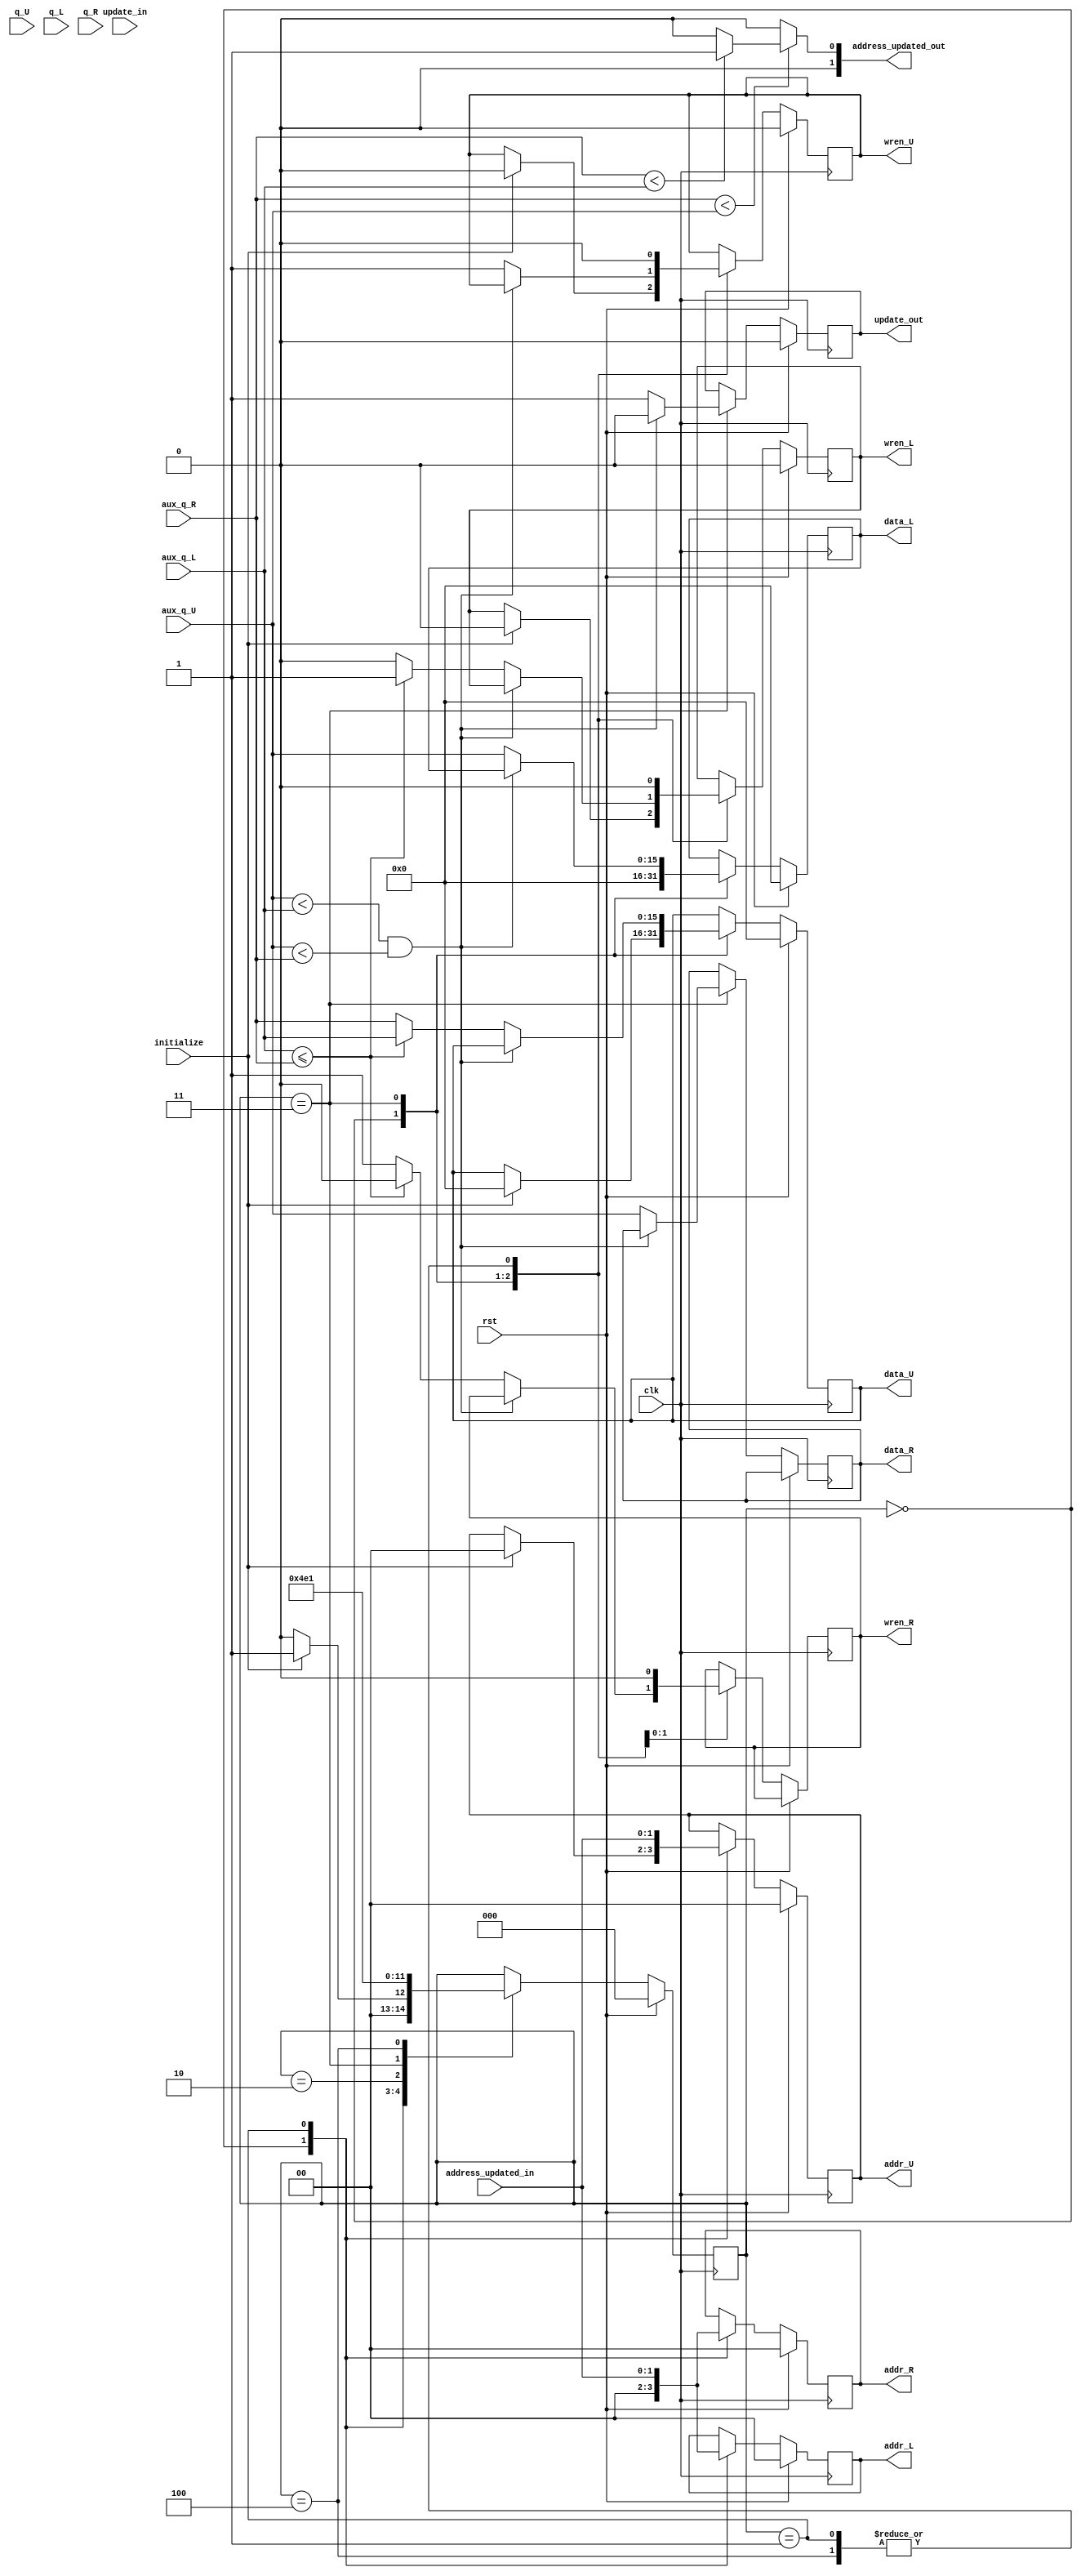
module sorting_node_level_1	 #(parameter LEVEL = 2,
										parameter WIDTH = 15,
										parameter LENGTH = 4)
(
	input clk,
	input rst,
	
	//conexo para upper records
	input [WIDTH:0] q_U,
	input [WIDTH:0] aux_q_U,
	output [WIDTH:0]data_U,
	output [LEVEL-1:0]addr_U,
	output wren_U,
	
	//conexo para left records
	input [WIDTH:0] q_L,
	input [WIDTH:0] aux_q_L,
	output [WIDTH:0] data_L,
	output [LEVEL-1:0]addr_L,
	output wren_L,
	
	//conexo para right records
	input [WIDTH:0] q_R,
	input [WIDTH:0] aux_q_R,
	output [WIDTH:0] data_R,
	output [LEVEL-1:0]addr_R,
	output wren_R,
	
	
	//hand shaking
	input initialize,
	output update_out,
	input update_in,
	
	output [LEVEL-1:0]address_updated_out,
	input [LEVEL-1:0]address_updated_in
);

	
	localparam [2:0] Initial_State = 3'd0,					//declarao dos estados();
					  Step1 = 3'd1,
					  wait_step1 = 3'd2,
					  Step2 = 3'd3,
					  wait_step2 = 3'd4;
	reg		[2:0] SM_sorting = 3'b00; 			// Declarao do registrador de estados
	
	//Declarao dos registradores 
	
	reg [LEVEL-1:0]addr_L_reg;							//alterado para duas memrias
	reg [LEVEL-1:0]addr_R_reg;	
	reg [WIDTH:0] data_L_reg;
	reg [WIDTH:0] data_R_reg;
	
	reg [LEVEL-1:0]addr_U_reg;
	reg [WIDTH:0] data_U_reg;
	
	reg wren_L_reg = 0;
	reg wren_R_reg = 0;
	reg wren_U_reg = 0;
	
	reg update_out_reg = 0;
	reg [LEVEL:0] address_updated_out_reg = 0;
	reg [LEVEL-1:0]address_updated_in_reg = 0;

	
	
	/******* Processo principal - Maquina de estados *******/
	always @(posedge clk)
		if (rst)	// reseta todos os registradores
		begin
			SM_sorting <= Initial_State;
			data_U_reg <= 0;
			addr_U_reg <= 0;
			wren_U_reg <= 0;
			data_L_reg <= 0;
			addr_L_reg <= 0;
			addr_R_reg <= 0;
			wren_L_reg <= 0;
			update_out_reg <=0;
		end else
		begin
			case (SM_sorting)
			
				// Espera a inicializao do heapsort e (limpa as memorias caso n seja inicializado)arrumar
				Initial_State:
				begin
					if (initialize)
					begin
						SM_sorting <= Step1;
						data_U_reg <= 0;
						addr_U_reg <= 0;
						wren_U_reg <= 0;
						data_L_reg <= 0;
						addr_L_reg <= 0;
						addr_R_reg <= 0;
						wren_L_reg <= 0;
						address_updated_out_reg <= 0;
					end
					else
					begin
						SM_sorting <= Initial_State;
						data_L_reg <= 0;
						addr_L_reg <= 0;
						addr_R_reg <= 0;
					end
				end
				
				// esse passo pode ser otimizado
				// se n tiver update, fica nesse nivel ate ter update_in :)
				Step1:
				begin
					SM_sorting <= wait_step1 ;
					addr_U_reg <= address_updated_in;
					wren_U_reg <= 0;
					addr_L_reg <= address_updated_in;
					addr_R_reg <= address_updated_in;
					wren_L_reg <= 0;
					wren_R_reg <= 0;
					SM_sorting <= wait_step1;
				end
				
				wait_step1:
				begin
					SM_sorting <= Step2;
				end
				
				// segundo passo, verifica o upper node com os lower nodes
				// verifica se o upper node  maior que o dado esquerdo e direito
				Step2:
				begin
					if ((aux_q_U < aux_q_L)&&(aux_q_U < aux_q_R)) // no swap
					begin
						SM_sorting <= wait_step2;
						update_out_reg <= 0;
					end
					else
					begin
						if(aux_q_L <= aux_q_R) //Swap2 (L < N & L =< R)
						begin
							data_U_reg <= aux_q_L;
							data_L_reg <= aux_q_U;
							data_R_reg <= aux_q_U;
							wren_L_reg <= 1;
							wren_R_reg <= 0;
							wren_U_reg <= 1;
							address_updated_out_reg = addr_L_reg ;
							update_out_reg <= 1;
							SM_sorting <= wait_step2;
						end
						else						//swap 3 ( R< N & R < L)
						begin
							data_U_reg <= aux_q_R;
							data_L_reg <= aux_q_U;
							data_R_reg <= aux_q_U;
							wren_L_reg <= 0;
							wren_R_reg <= 1;
							wren_U_reg <= 1; 
							address_updated_out_reg = addr_L_reg ;
							update_out_reg <= 1;
							SM_sorting <= wait_step2;
						end
					end
				end
				
				wait_step2:
				begin
					wren_L_reg <= 0;
					wren_R_reg <= 0;
					wren_U_reg <= 0;
					SM_sorting <= Step1;
				end
				
			endcase
		end
		
	
	
assign 	addr_L = addr_L_reg;
assign	addr_R = addr_R_reg;
assign 	addr_U = addr_U_reg;

assign 	data_U = data_U_reg;
assign 	data_L = data_L_reg;
assign	data_R = data_R_reg;

assign wren_L = wren_L_reg;
assign wren_R = wren_R_reg;
assign wren_U = wren_U_reg;

assign update_out = update_out_reg;
//assign address_updated_out =  (aux_q_L <= aux_q_R) ? 1'b0 : 1'b1; 
assign address_updated_out = (aux_q_R < aux_q_U) ? ((aux_q_R < aux_q_L) ? 1'b1 : 1'b0 ) : 1'b0; 



		
endmodule